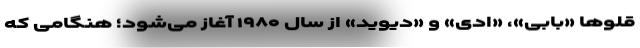
قلو‌ها «بابی»، «ادی» و «دیوید» از سال ۱۹۸۰ آغاز می‌شود؛ هنگامی که